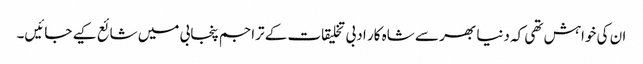
ان کی خواہش تھی کہ دنیا بھر سے شاہ کار ادبی تخلیقات کے تراجم پنجابی میں شائع کیے جائیں۔